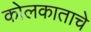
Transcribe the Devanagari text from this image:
कोलकाताचे